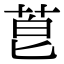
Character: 𫈇